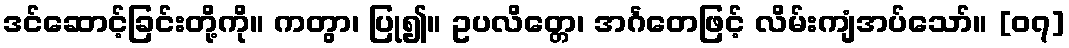
ဒင်ဆောင့်ခြင်းတို့ကို။ ကတွာ၊ ပြု၍။ ဥပလိတ္တေ၊ အင်္ဂတေဖြင့် လိမ်းကျံအပ်သော်။ [၀၇]